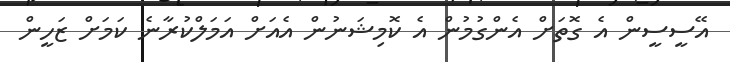
އޭސީސީން އެ ގޮތަށް އެންގުމުން އެ ކޮމިޝަނުން އެއަށް އަމަލްކުރާނެ ކަމަށް ޒަހީން